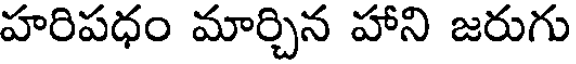
హరిపధం మార్చిన హాని జరుగు